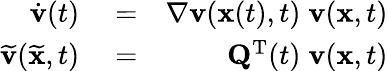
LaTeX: \begin{array}{rlr}{\dot{{\mathbf v}}(t)}&{{}=}&{\nabla{\mathbf v}({\mathbf x}(t),t)\; {\mathbf v}({\mathbf x},t)}\\ {\widetilde{{\mathbf v}}(\widetilde{{\mathbf x}},t)}&{{}=}&{{\mathbf Q}^{{\mathrm T}}(t)\; {\mathbf v}({\mathbf x},t)}\end{array}